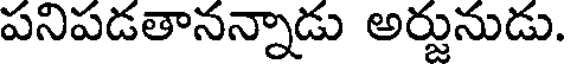
పనిపడతానన్నాడు అర్జునుడు.